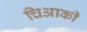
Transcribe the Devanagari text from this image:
चिआकी